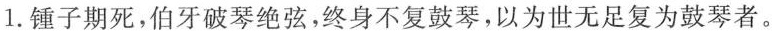
1.锤子期死，伯牙破琴绝弦，终身不复鼓琴，以为世无足复为鼓琴者。